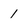
Character: 1